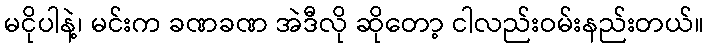
မငိုပါနဲ့၊ မင်းက ခဏခဏ အဲဒီလို ဆိုတော့ ငါလည်းဝမ်းနည်းတယ်။